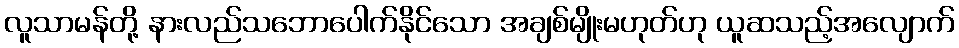
လူသာမန်တို့ နားလည်သဘောပေါက်နိုင်သော အချစ်မျိုးမဟုတ်ဟု ယူဆသည့်အလျောက်